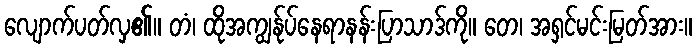
လျောက်ပတ်လှ၏။ တံ၊ ထိုအကျွန်ုပ်နေရာနန်းပြာသာဒ်ကို။ တေ၊ အရှင်မင်းမြတ်အား။